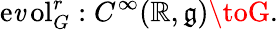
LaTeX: \operatorname{e\mathit{v}ol}_{G}^{r}:C^{\infty}(\mathbb{{R}},{\mathfrak{{g}}})\toG.